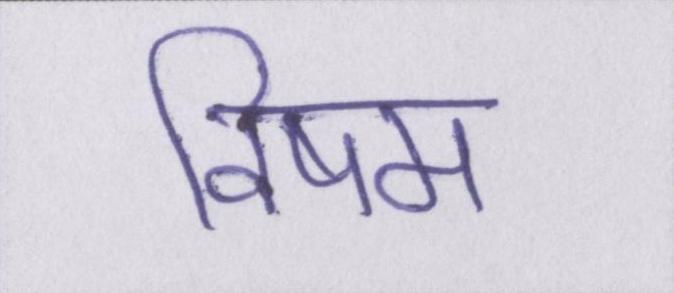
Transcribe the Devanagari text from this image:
विषम